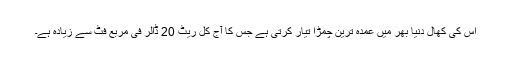
اس کی کھال دنیا بھر میں عمدہ ترین چمڑا تیار کرتی ہے جس کا آج کل ریٹ 20 ڈالر فی مربع فٹ سے زیادہ ہے۔